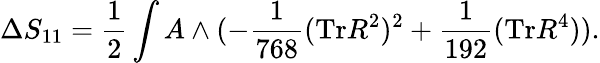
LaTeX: \Delta S_{11}=\frac{1}{2}\int A\wedge(-\frac{1}{768}(\mathrm{Tr}R^{2})^{2}+\frac{1}{192}(\mathrm{Tr}R^{4})).